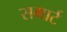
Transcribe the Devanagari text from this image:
समार्ट